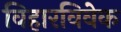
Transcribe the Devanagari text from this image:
विहारविवेक